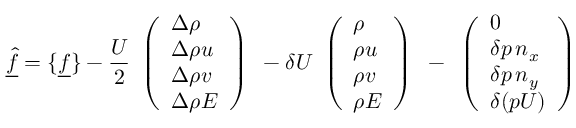
\underline { { \hat { f } } } = \{ \underline { { f } } \} - \frac { U } { 2 } \begin{array} { l } { \left( \begin{array} { l } { \Delta \rho } \\ { \Delta \rho u } \\ { \Delta \rho v } \\ { \Delta \rho E } \end{array} \right) } \end{array} - \delta U \begin{array} { l } { \left( \begin{array} { l } { \rho } \\ { \rho u } \\ { \rho v } \\ { \rho E } \end{array} \right) } \end{array} - \begin{array} { l } { \left( \begin{array} { l } { 0 } \\ { \delta p \, n _ { x } } \\ { \delta p \, n _ { y } } \\ { \delta ( p U ) } \end{array} \right) } \end{array}